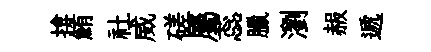
揜鮪社威磋屬蕊臘瀏赧遞